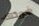
شريكتك